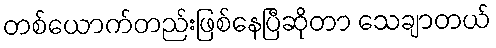
တစ်ယောက်တည်းဖြစ်နေပြီဆိုတာ သေချာတယ်